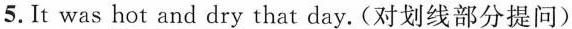
5.It was \underline{hot and dry} that day.(对划线部分提问)